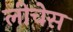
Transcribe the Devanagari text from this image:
लीचेस